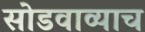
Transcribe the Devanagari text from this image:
सोडवाव्याच